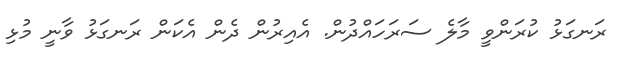
ރަނގަޅު ކުރަންވީ މާލެ ސަރަހަައްދުން. އެއިރުން ދެން އެކަން ރަނގަޅު ވާނީ މުޅި